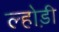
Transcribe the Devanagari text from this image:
ल्होड़ी